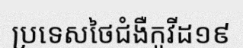
ប្រទេសថៃជំងឺកូវីដ១៩